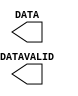
// $Header: /devl/xcs/repo/env/Databases/CAEInterfaces/verunilibs/data/virtex4/USR_ACCESS_VIRTEX4.v,v 1.4 2007/06/06 22:14:07 fphillip Exp $
///////////////////////////////////////////////////////////////////////////////
// Copyright (c) 1995/2004 Xilinx, Inc.
// All Right Reserved.
///////////////////////////////////////////////////////////////////////////////
//   ____  ____
//  /   /\/   /
// /___/  \  /    Vendor : Xilinx
// \   \   \/     Version : 10.1
//  \   \         Description : Xilinx Functional Simulation Library Component
//  /   /                  
// /___/   /\     Filename : USR_ACCESS_VIRTEX4.v
// \   \  /  \    Timestamp : Thu Mar 25 16:43:52 PST 2004
//  \___\/\___\
//
// Revision:
//    03/23/04 - Initial version.
//    06/06/07 - Fixed timescale values
// End Revision

`timescale  100 ps / 10 ps

module USR_ACCESS_VIRTEX4 (DATA, DATAVALID);

    output [31:0] DATA;
    output DATAVALID;

endmodule // USR_ACCESS_VIRTEX4